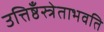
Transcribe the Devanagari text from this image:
उत्तिष्ठँस्त्रेताभवति